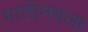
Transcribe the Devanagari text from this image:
मातीमधला